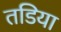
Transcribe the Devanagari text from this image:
तडिया